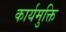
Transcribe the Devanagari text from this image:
कार्यमुक्ति